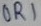
Text: OR1